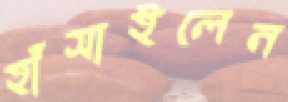
হাঁসাইলেন